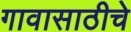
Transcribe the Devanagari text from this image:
गावासाठीचे